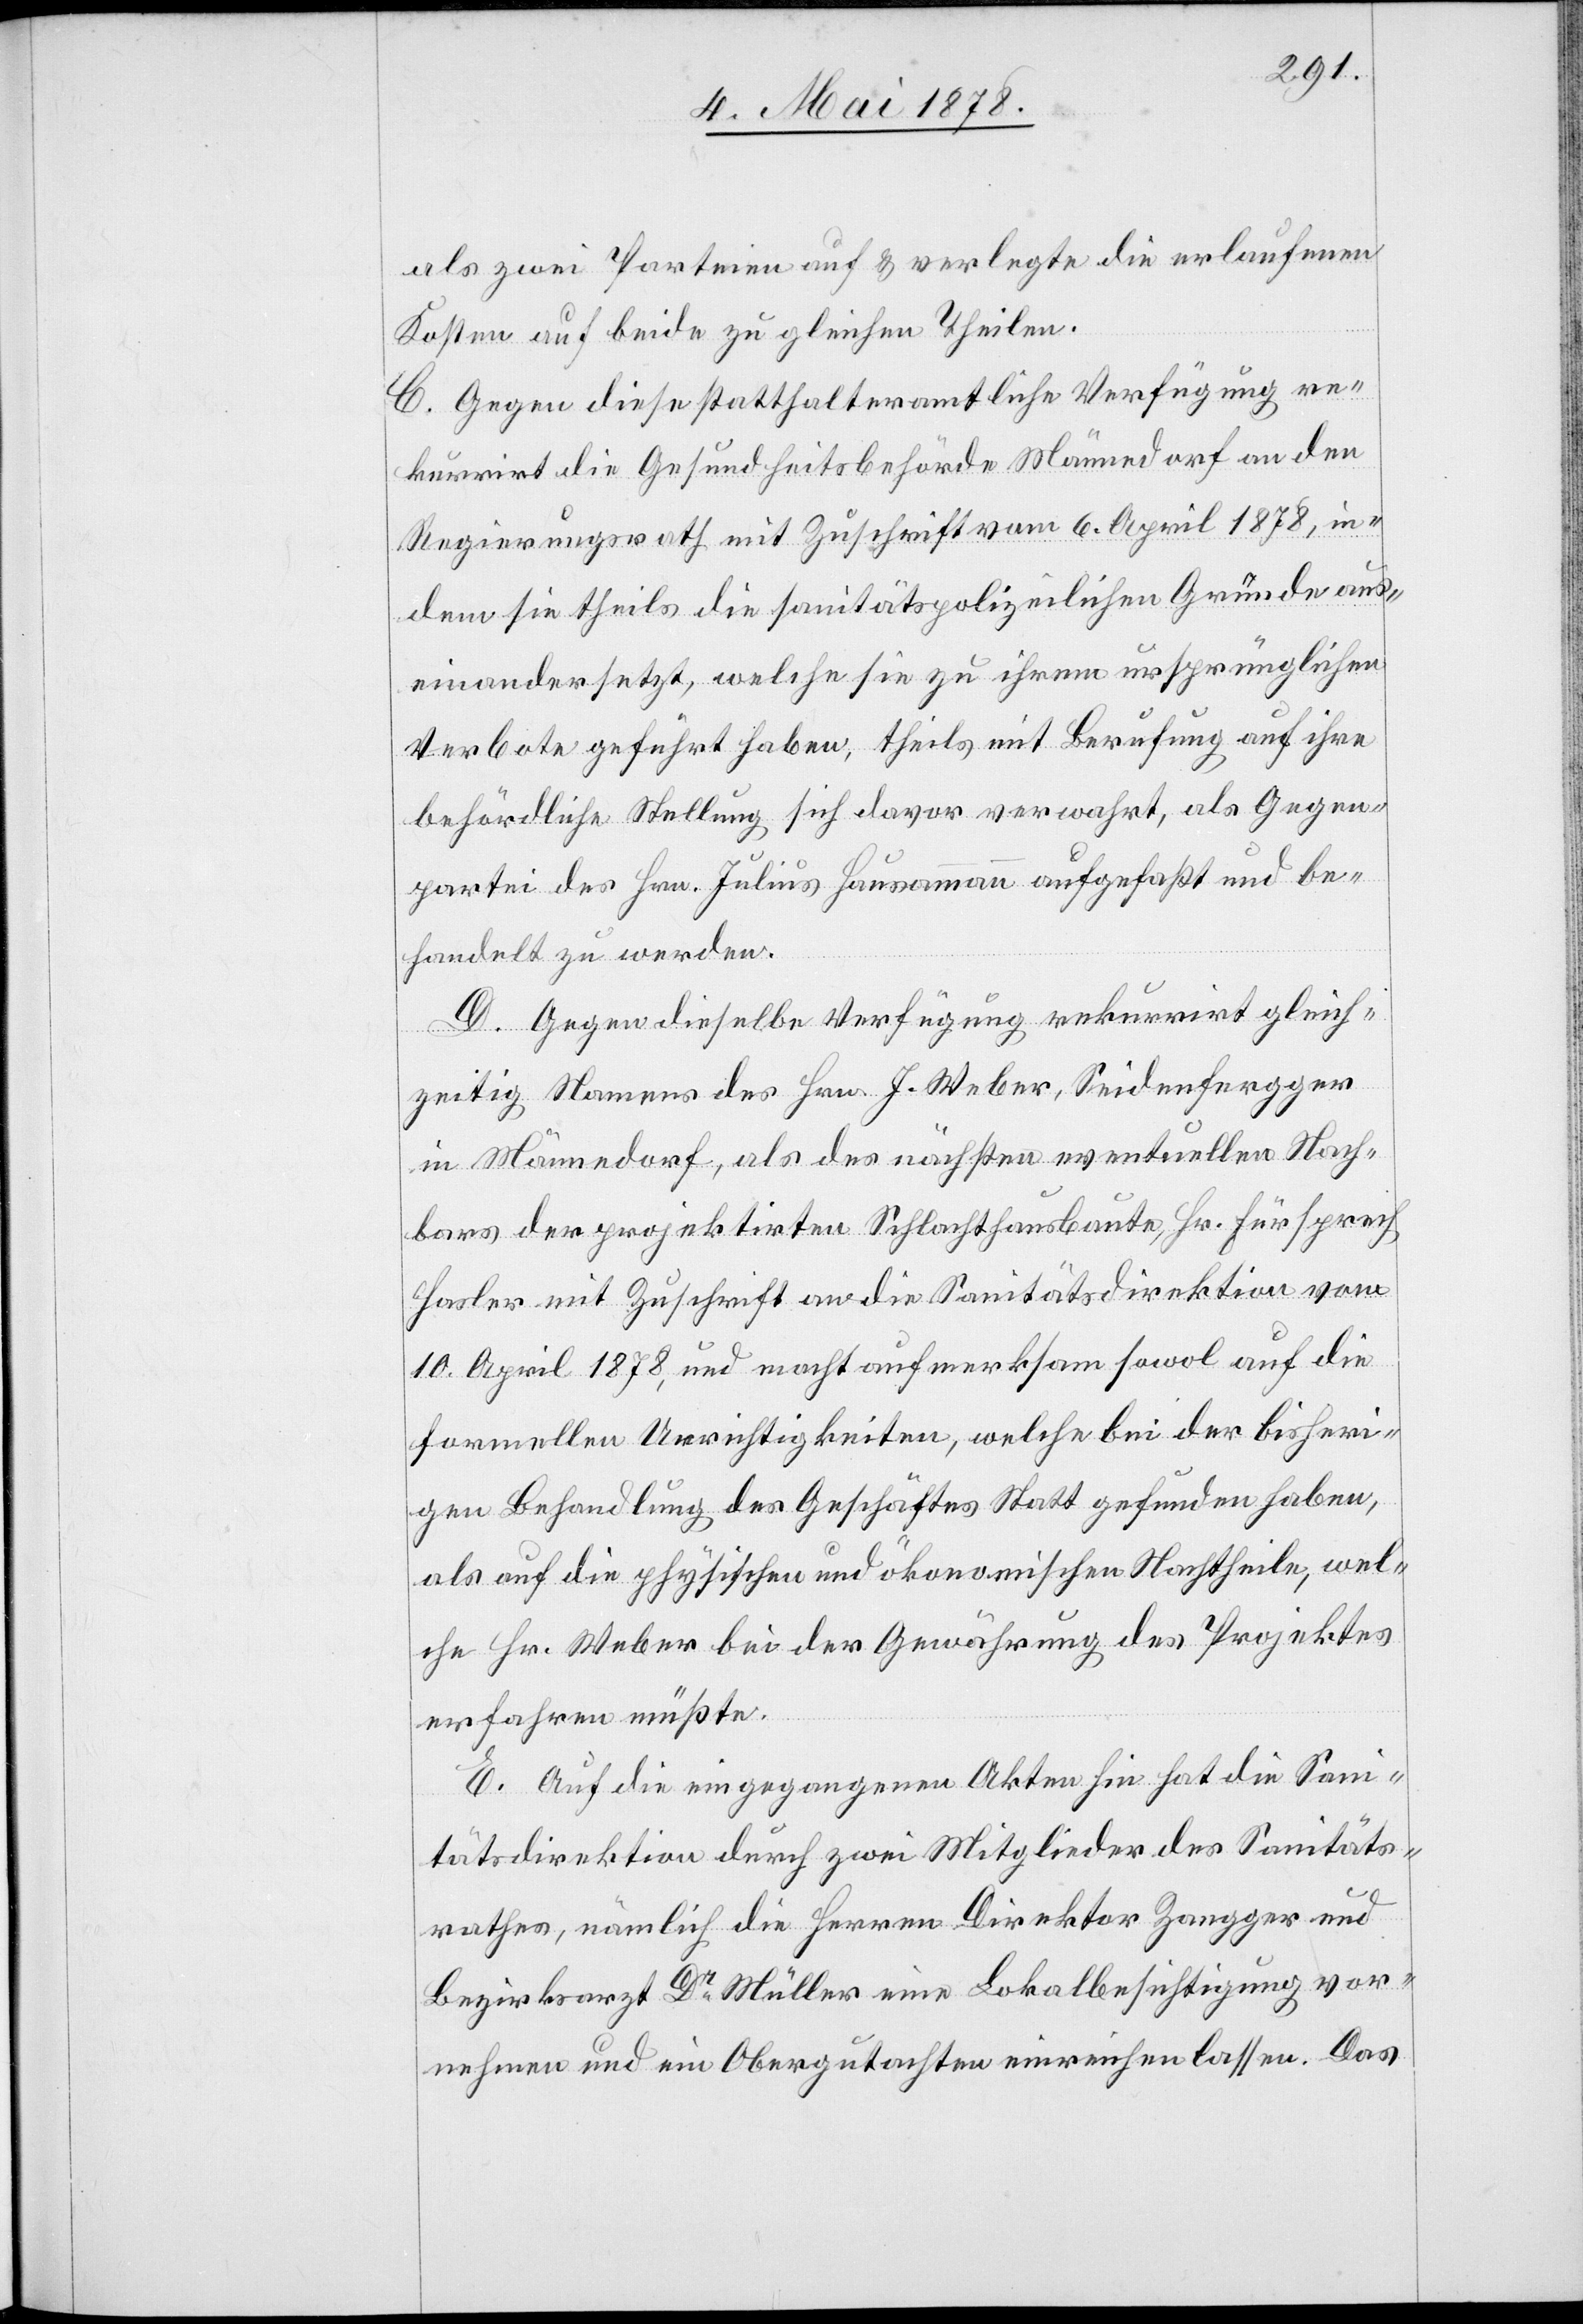
als zwei Parteien auf & verlegte die erlaufenen
Kosten auf beide zu gleichen Theilen.
C. Gegen diese statthalteramtliche Verfügung re¬
kurrirt die Gesundheitsbehörde Männedorf an den
Regierungsrath mit Zuschrift vom 6. April 1878, in¬
dem sie theils die sanitätspolizeilichen Gründe aus¬
einandersetzt, welche sie zu ihrem ursprünglichen
Verbote geführt haben, theils mit Berufung auf ihre
behördliche Stellung sich davor verwahrt, als Gegen¬
partei des Hrn. Julius Hausammann aufgefaßt und be¬
handelt zu werden.
D. Gegen dieselbe Verfügung rekurrirt gleich¬
zeitig Namens des Hrn. J. Weber, Seidenfergger
in Männedorf, als des nächsten eventuellen Nach¬
bars der projektirten Schlachthausbaute, Hr. Fürsprech
Hasler mit Zuschrift an die Sanitätsdirektion vom
10. April 1878, und macht aufmerksam sowol auf die
formellen Unrichtigkeiten, welche bei der bisheri¬
gen Behandlung des Geschäftes Statt gefunden haben,
als auf die physischen und ökonomischen Nachtheile, wel¬
che Hr. Weber bei der Gewährung des Projektes
erfahren müßte.
E. Auf die eingegangenen Akten hin hat die Sani¬
tätsdirektion durch zwei Mitglieder des Sanitäts¬
rathes, nämlich die Herren Direktor Zangger und
Bezirksrath Dr Müller eine Lokalbesichtigung vor¬
nehmen und ein Obergutachten einreichen lassen. Das